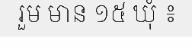
រួម មាន ១៥ ឃុំ ៖